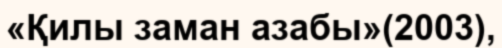
«Қилы заман азабы»(2003),